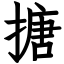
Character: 搪